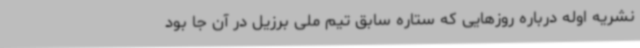
نشریه اوله درباره روزهایی که ستاره سابق تیم ملی برزیل در آن جا بود